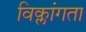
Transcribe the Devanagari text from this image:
विक्लांगता